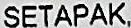
SETAPAK,